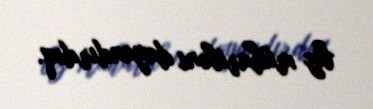
biz müharibəni dayandırdıq.